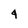
Character: 4